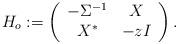
LaTeX: \begin{align*} H_{o}: = \left( {\begin{array}{*{20}c} { -\Sigma^{-1}} & X \\ X^{*} & {-zI} \\ \end{array}} \right). \end{align*}